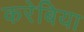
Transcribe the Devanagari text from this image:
करेबिया